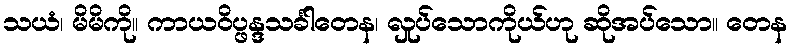
သယံ၊ မိမိကို။ ကာယဝိပ္ဖန္ဒသင်္ခါတေန၊ လှုပ်သောကိုယ်ဟု ဆိုအပ်သော။ တေန